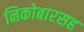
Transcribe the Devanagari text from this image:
निकोबारसह